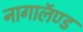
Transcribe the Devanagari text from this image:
नागालॅण्ड